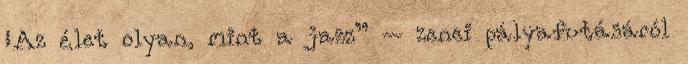
„Az élet olyan, mint a jazz” – zenei pályafutásáról